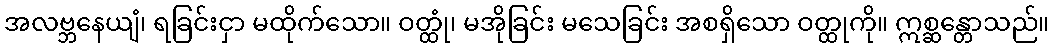
အလဗ္ဘနေယျံ၊ ရခြင်းငှာ မထိုက်သော။ ဝတ္ထုံ၊ မအိုခြင်း မသေခြင်း အစရှိသော ဝတ္ထုကို။ ဣစ္ဆန္တောသည်။